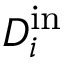
D _ { i } ^ { \mathrm { i n } }